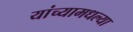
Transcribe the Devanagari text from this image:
यांच्यामधल्या